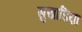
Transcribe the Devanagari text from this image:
सुखाडिय़ा